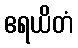
ဧရယိတံ